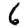
Digit: 6